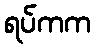
ရပ်ကက